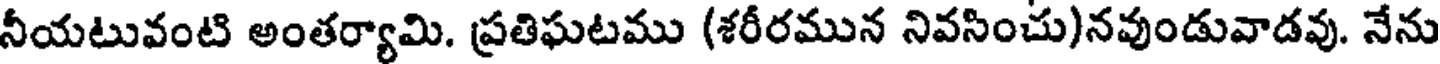
నీయటువంటి అంతర్యామి. ప్రతిఘటము (శరీరమున నివసించు)నవుండువాడవు. నేను